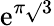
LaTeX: \mathrm{e}^{\pi{\sqrt{}{{3}}}}